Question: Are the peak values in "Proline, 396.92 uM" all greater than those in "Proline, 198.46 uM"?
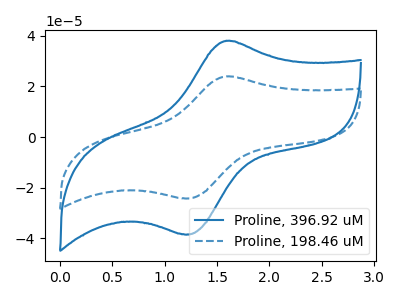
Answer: <think>The blue curve "Proline, 396.92 uM" has an anodic peak at (1.60V, 37.90uA) and a cathodic peak at (1.20V, -38.35uA). The blue dashed curve "Proline, 198.46 uM" has an anodic peak at (1.60V, 23.85uA) and a cathodic peak at (1.20V, -24.15uA).</think>
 <answer>Every peak in "Proline, 396.92 uM" is higher than every peak in "Proline, 198.46 uM".</answer>
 <eval>higher</eval>